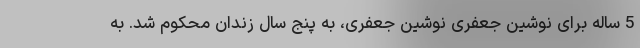
5 ساله برای نوشین جعفری نوشین جعفری، به پنج سال زندان محکوم شد. به